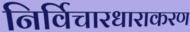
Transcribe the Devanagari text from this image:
निर्विचारधाराकरण